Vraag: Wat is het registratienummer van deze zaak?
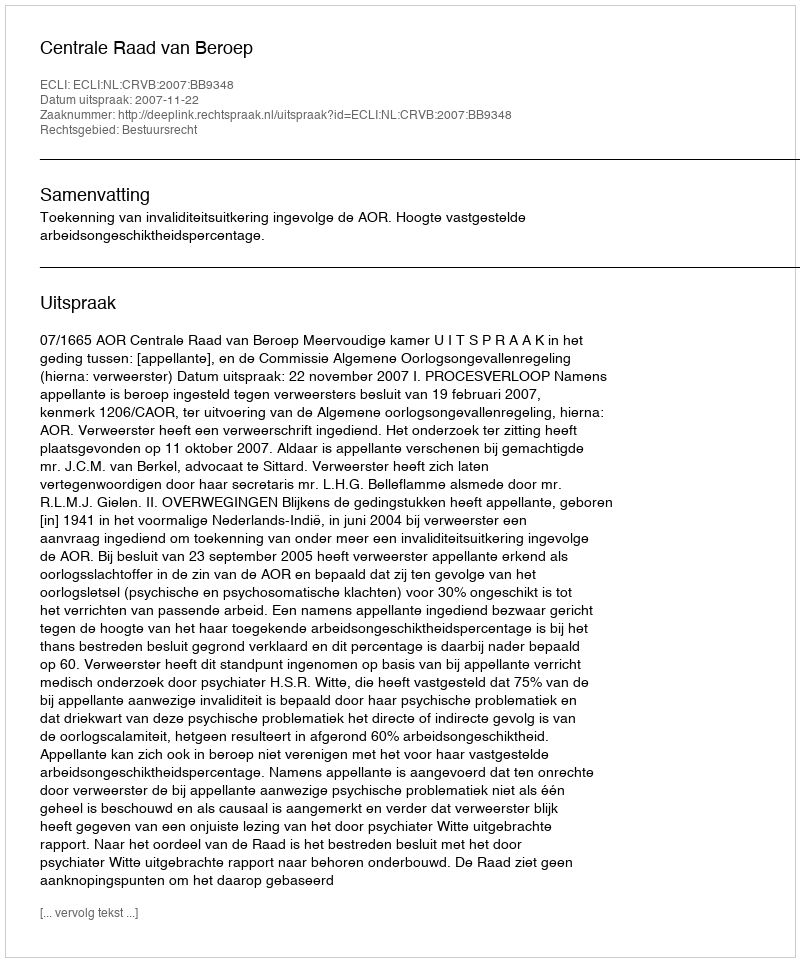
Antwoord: http://deeplink.rechtspraak.nl/uitspraak?id=ECLI:NL:CRVB:2007:BB9348